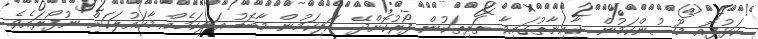
ކަޅުފޮއި މޫސުންކަމުން ކާއިނާތުގައިވާ ތަރިތަކުން ފޯރުކޮށްދޭ އަލިކަމުން މާބޮޑު އަލިކަމެއް މާހައުލަކަށް ނުފޯރައެވެ.